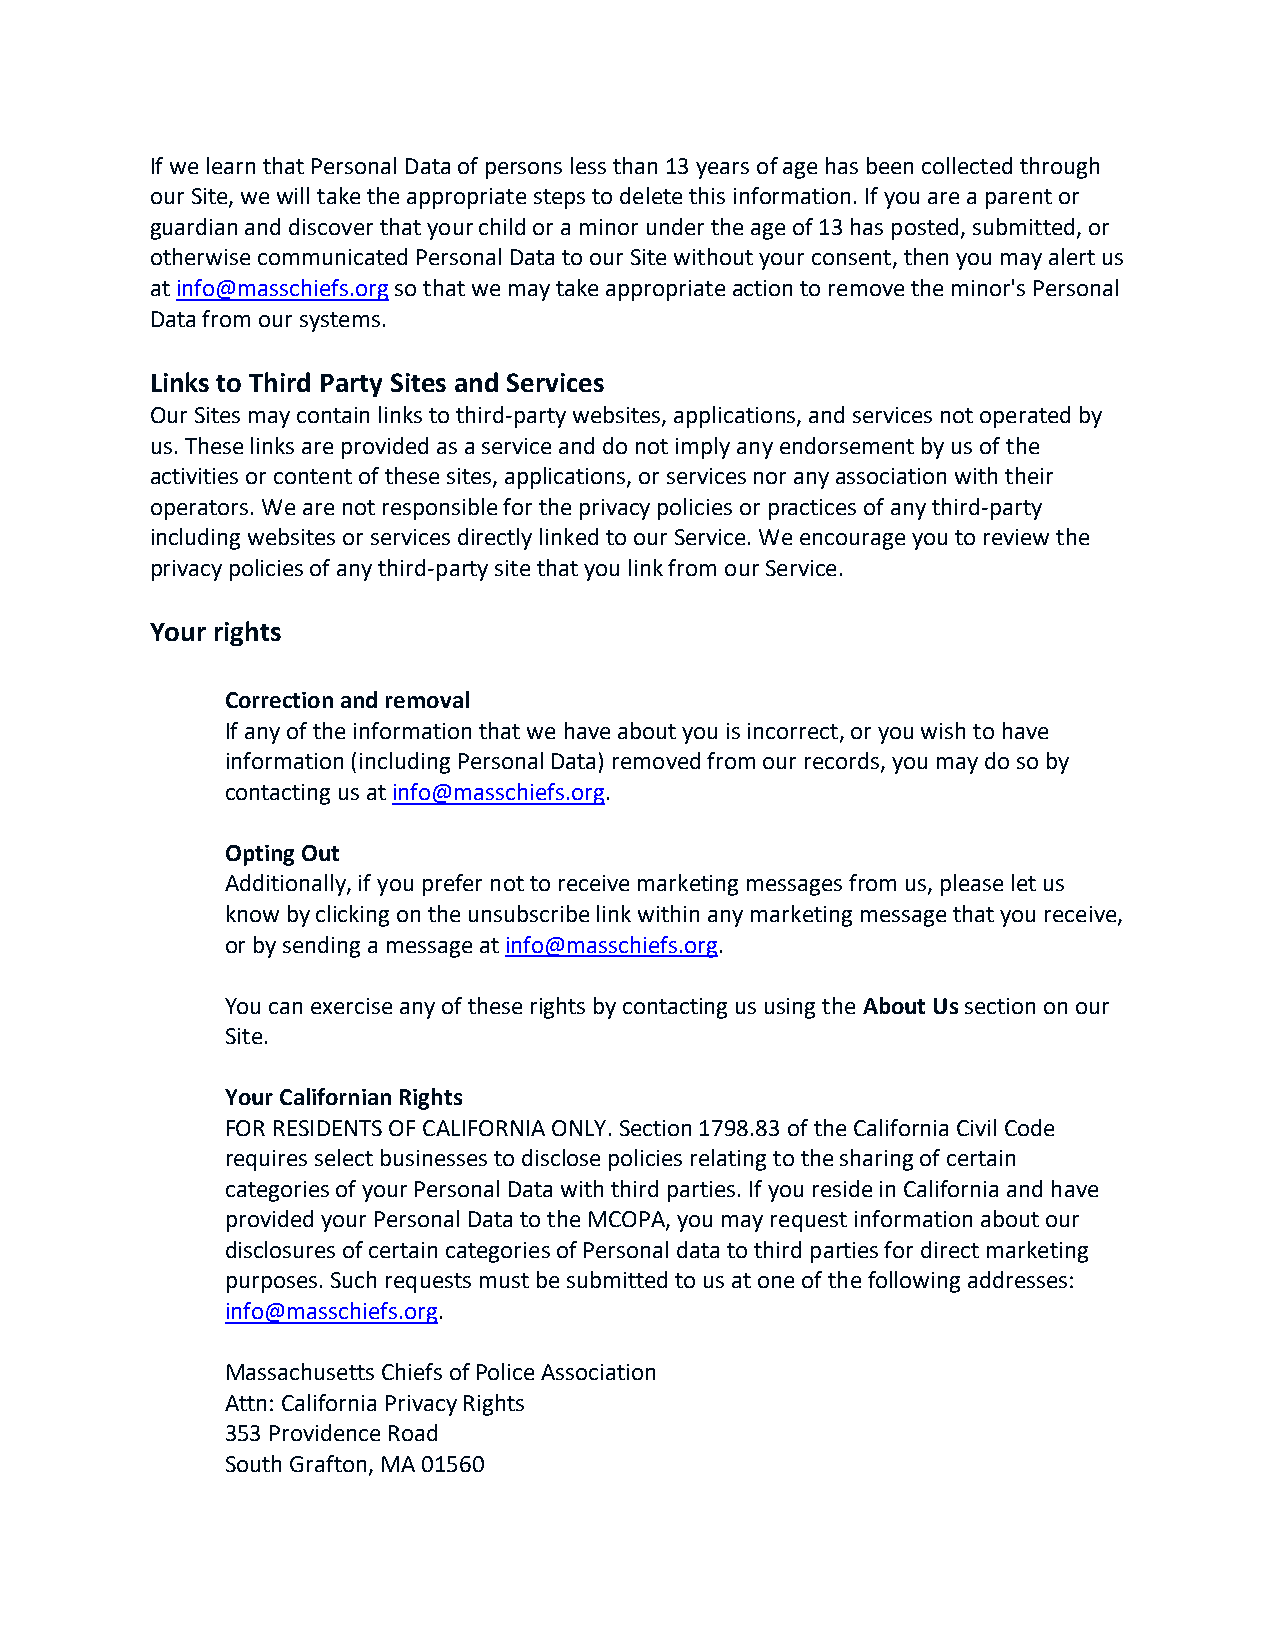
If we learn that Personal Data of persons less than 13 years of age has been collected through
 our Site, we will take the appropriate steps to delete this information. If you are a parent or
 guardian and discover that your child or a minor under the age of 13 has posted, submitted, or
 otherwise communicated Personal Data to our Site without your consent, then you may alert us
 at info@masschiefs.org so that we may take appropriate action to remove the minor's Personal
 Data from our systems.
 Links to Third Party Sites and Services
 Our Sites may contain links to third‐party websites, applications, and services not operated by
 us. These links are provided as a service and do not imply any endorsement by us of the
 activities or content of these sites, applications, or services nor any association with their
 operators. We are not responsible for the privacy policies or practices of any third‐party
 including websites or services directly linked to our Service. We encourage you to review the
 privacy policies of any third‐party site that you link from our Service.
 Your rights
 Correction and removal
 If any of the information that we have about you is incorrect, or you wish to have
 information (including Personal Data) removed from our records, you may do so by
 contacting us at info@masschiefs.org.
 Opting Out
 Additionally, if you prefer not to receive marketing messages from us, please let us
 know by clicking on the unsubscribe link within any marketing message that you receive,
 or by sending a message at info@masschiefs.org.
 You can exercise any of these rights by contacting us using the About Us section on our
 Site.
 Your Californian Rights
 FOR RESIDENTS OF CALIFORNIA ONLY. Section 1798.83 of the California Civil Code
 requires select businesses to disclose policies relating to the sharing of certain
 categories of your Personal Data with third parties. If you reside in California and have
 provided your Personal Data to the MCOPA, you may request information about our
 disclosures of certain categories of Personal data to third parties for direct marketing
 purposes. Such requests must be submitted to us at one of the following addresses:
 info@masschiefs.org.
 Massachusetts Chiefs of Police Association
 Attn: California Privacy Rights
 353 Providence Road
 South Grafton, MA 01560